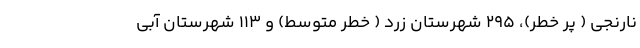
نارنجی ( پر خطر)، ۲۹۵ شهرستان زرد ( خطر متوسط) و ۱۱۳ شهرستان آبی